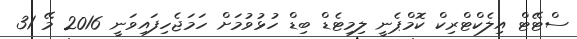
ސްޓޭޓް އިލެކްޓްރިކް ކޮމްޕެނީ ލިމިޓެޑް ބިޑް ހުޅުވުމަށް ހަމަޖެހިފައިވަނީ 2016 މޭ 31